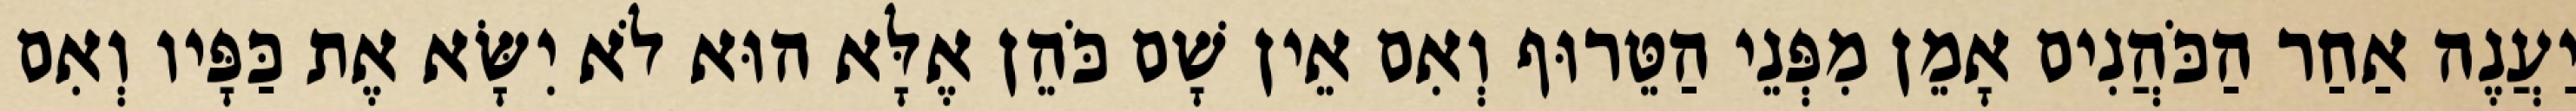
יַעֲנֶה אַחַר הַכֹּהֲנִים אָמֵן מִפְּנֵי הַטֵּרוּף וְאִם אֵין שָׁם כֹּהֵן אֶלָּא הוּא לֹא יִשָּׂא אֶת כַּפָּיו וְאִם